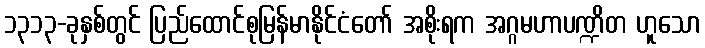
၁၃၁၃-ခုနှစ်တွင် ပြည်ထောင်စုမြန်မာနိုင်ငံတော် အစိုးရက အဂ္ဂမဟာပဏ္ဍိတ ဟူသော